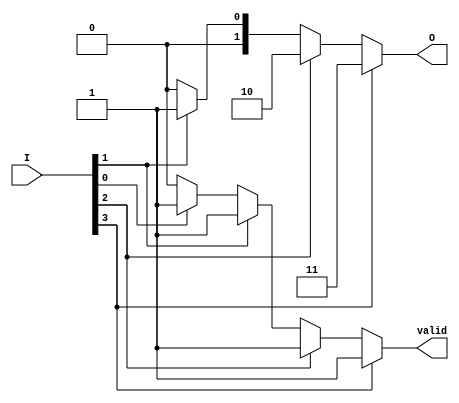
module one_of_n_encoder (
    input wire [3:0] I,    // 4 input lines
    output reg [1:0] O,    // 2-bit output for encoding (log2(4) = 2)
    output reg valid        // Indicates if the output is valid
);

    always @(*) begin
        // Default values
        O = 2'b00; // Default output (can be changed to indicate an error)
        valid = 1'b0; // Default to invalid

        // Priority encoding
        if (I[3]) begin
            O = 2'b11; // Output for I[3]
            valid = 1'b1;
        end else if (I[2]) begin
            O = 2'b10; // Output for I[2]
            valid = 1'b1;
        end else if (I[1]) begin
            O = 2'b01; // Output for I[1]
            valid = 1'b1;
        end else if (I[0]) begin
            O = 2'b00; // Output for I[0]
            valid = 1'b1;
        end
        // If no inputs are active, O remains at default (000) and valid is 0
    end

endmodule